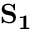
\mathbf { S _ { 1 } }